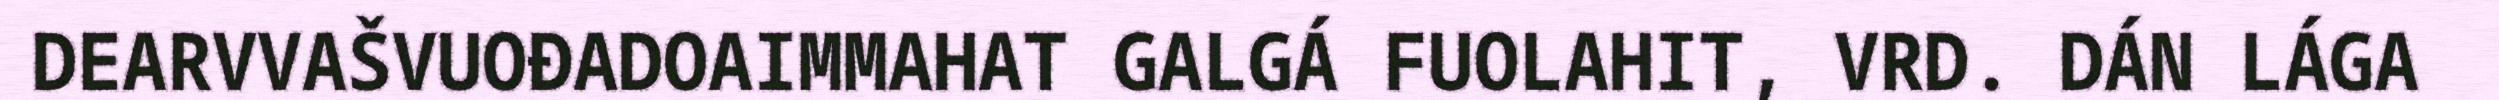
DEARVVAŠVUOĐADOAIMMAHAT GALGÁ FUOLAHIT, VRD. DÁN LÁGA